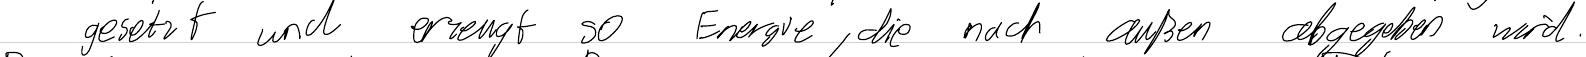
gesetzt und erzeugt so Energie, die nach außen abgegeben wird.